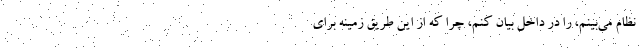
نظام می‌بینم، را در داخل بیان کنم، چرا که از این طریق زمینه برای